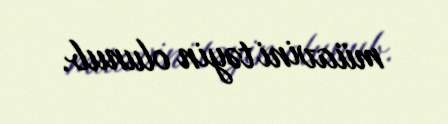
müavini təyin olunub.